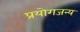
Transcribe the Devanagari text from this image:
प्रयोगजन्य